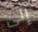
إلى